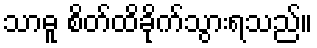
သာဓူ စိတ်ထိခိုက်သွားရသည်။